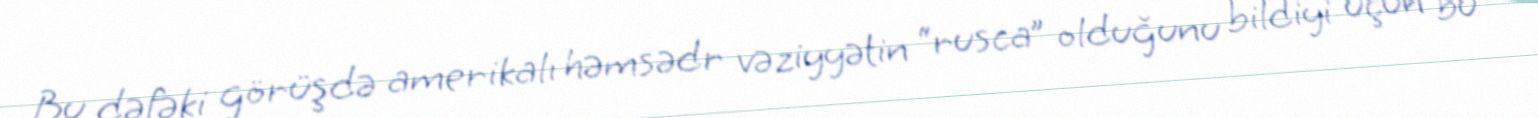
Bu dəfəki görüşdə amerikalı həmsədr vəziyyətin “rusca” olduğunu bildiyi üçün bu